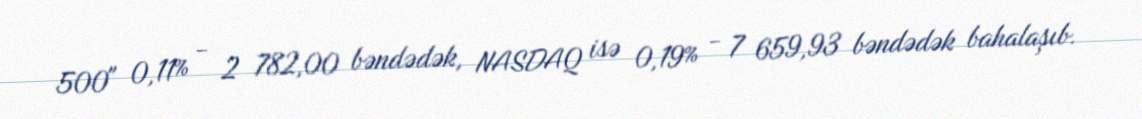
500" 0,11% - 2 782,00 bəndədək, NASDAQ isə 0,19% - 7 659,93 bəndədək bahalaşıb.